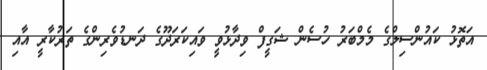
އަތޮޅު ކައުންސިލްގެ މެމްބަރު ހުސެން ޝަގީފް ވިދާޅުވީ ވައިކަރަދޫގެ ދަނޑުވެރިންގެ ތަރުކާރީ އާއި